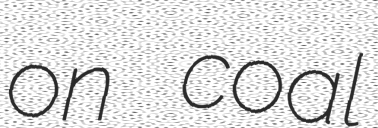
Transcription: on coal